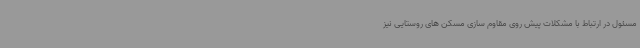
مسئول در ارتباط با مشکلات پیش روی مقاوم سازی مسکن های روستایی نیز